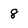
Character: 8